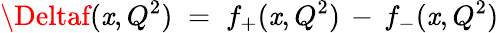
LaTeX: \Deltaf(\mathit{x},Q^{2})\; =\; f_{+}(\mathit{x},Q^{2})\, -\, f_{-}(\mathit{x},Q^{2})